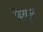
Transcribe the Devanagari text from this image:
फ़ेबुल